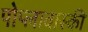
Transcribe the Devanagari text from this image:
पोप्लावास्की